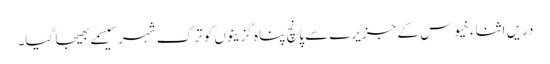
دریں اثناء خیوس کے جزیرے سے پانچ پناہ گزینوں کو ترک شہر سیسمے بھیجا گیا۔